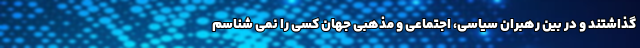
گذاشتند و در بین رهبران سیاسی، اجتماعی و مذهبی جهان کسی را نمی شناسم